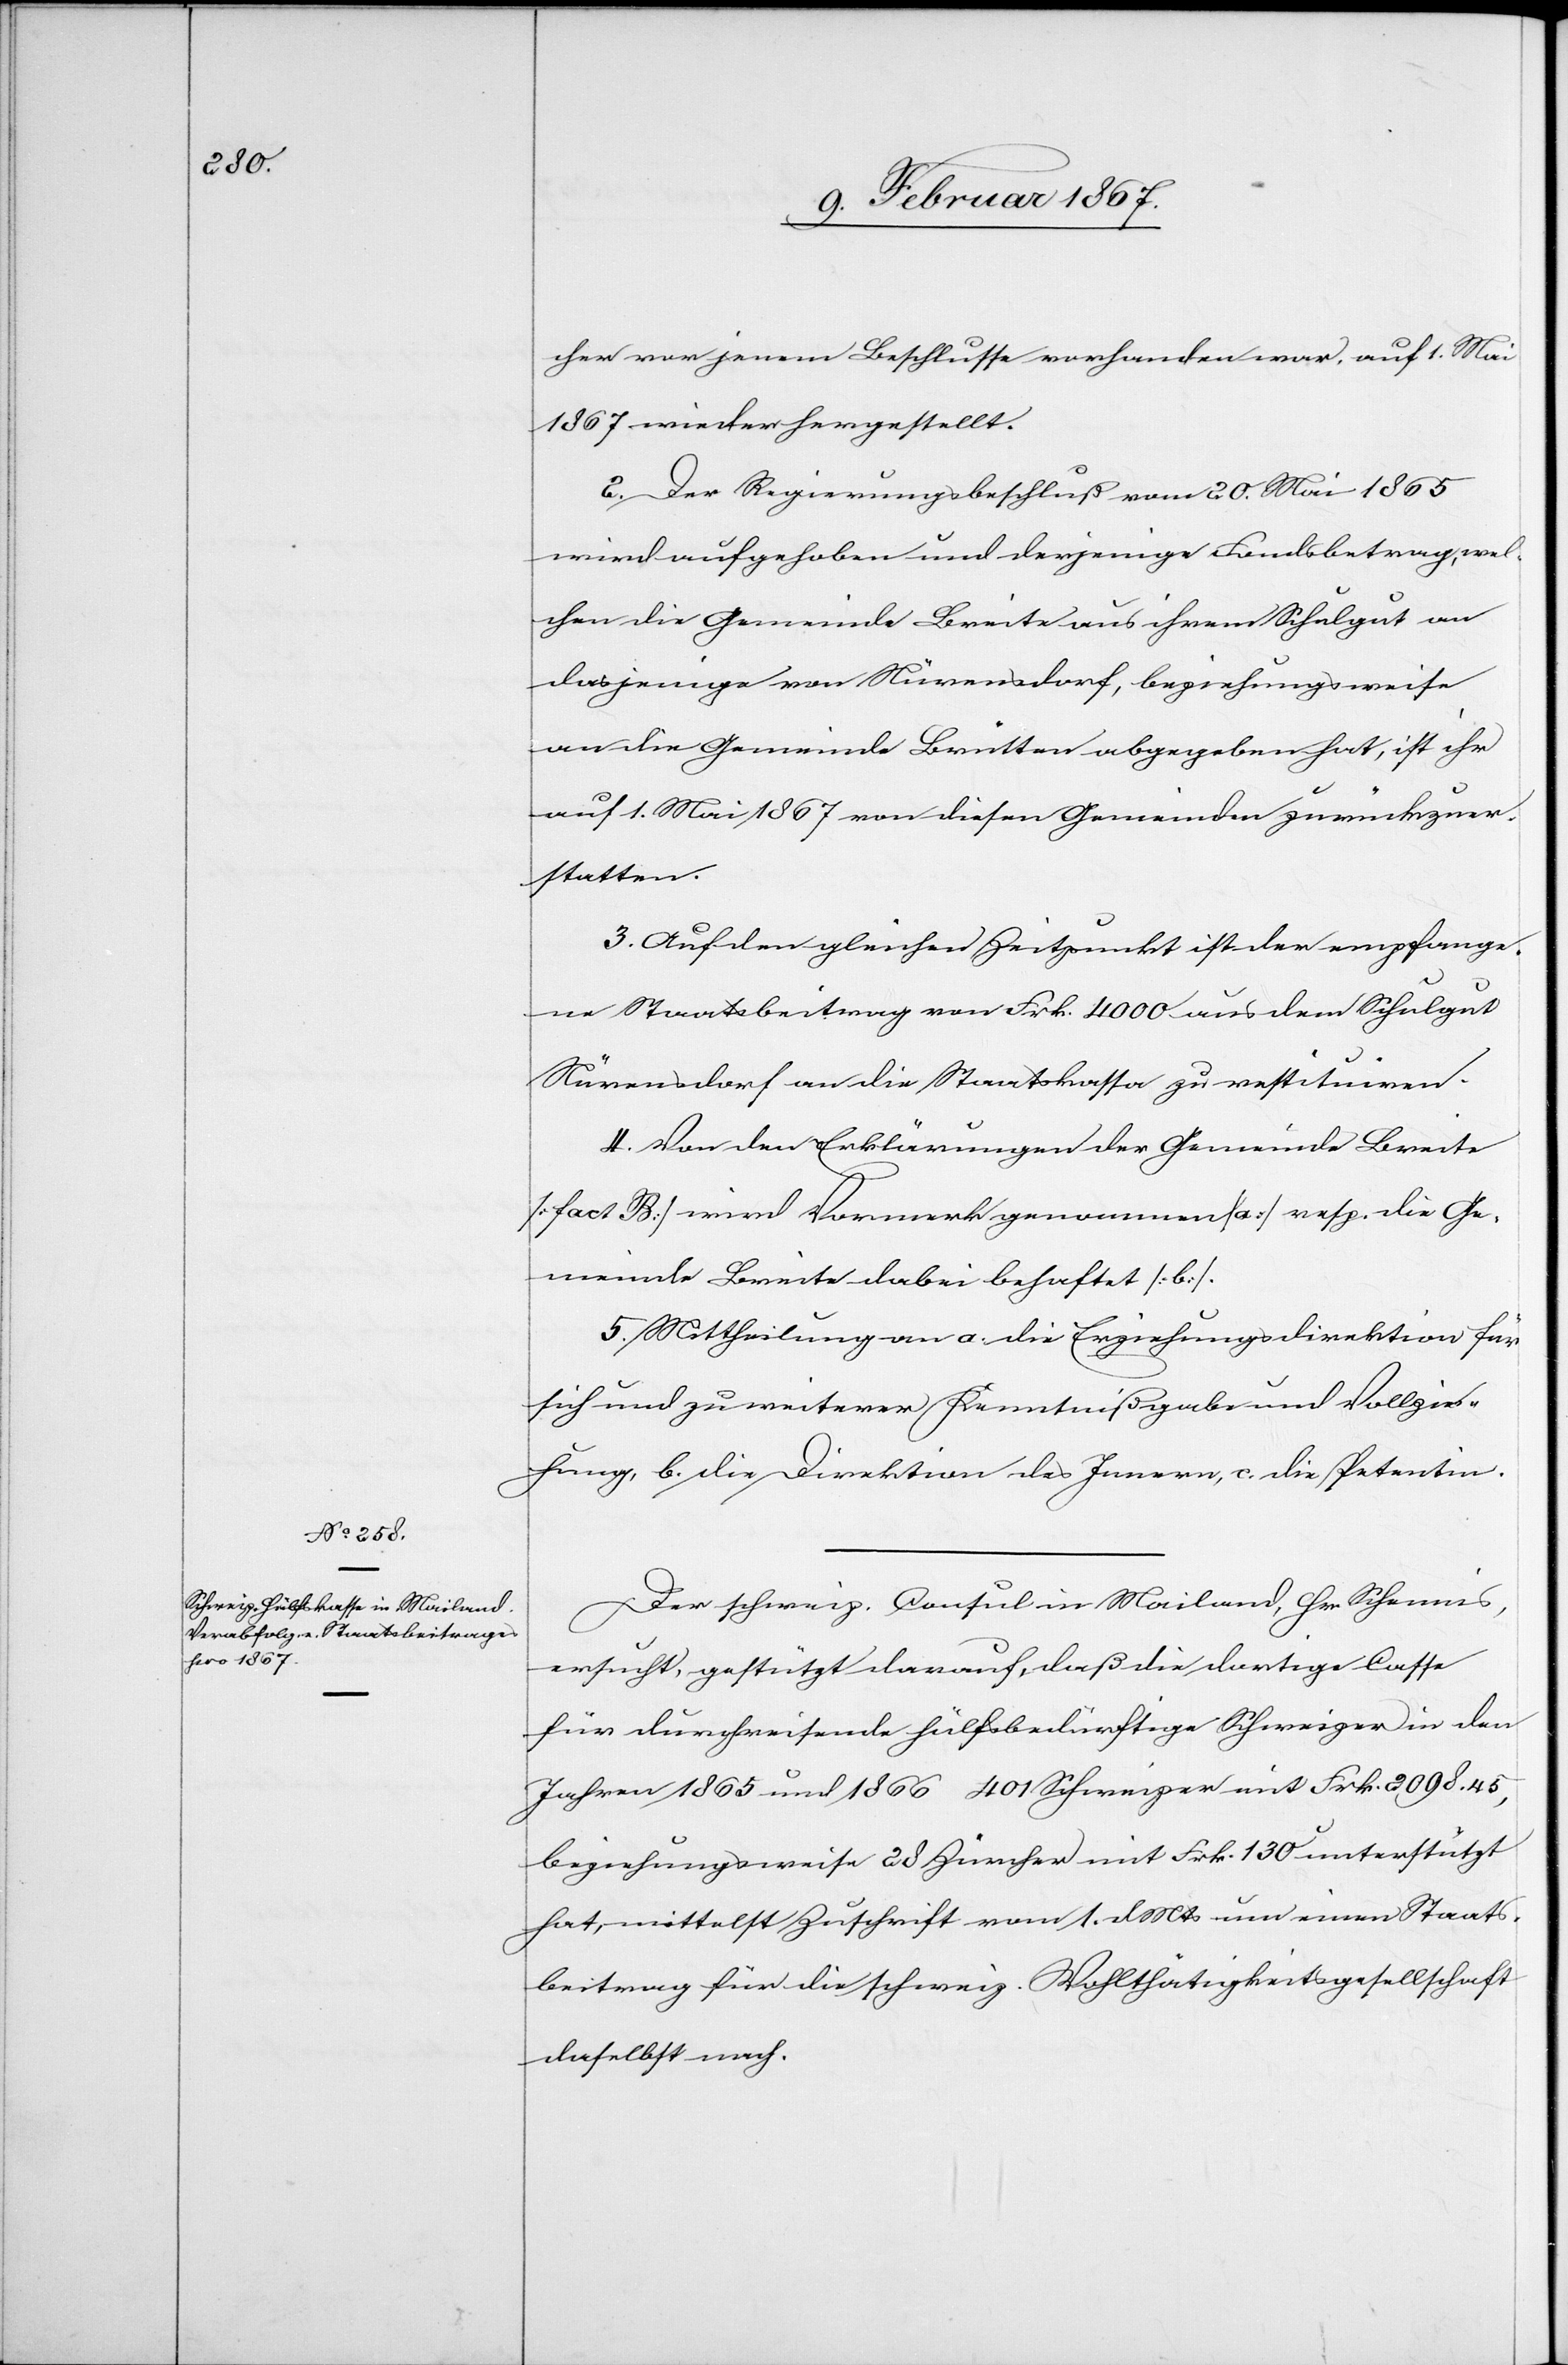
cher vor jenem Beschlusse vorhanden war, auf 1. Mai
1867 wieder hergestellt.
2. Der Regierungsbeschluß vom 20. Mai 1865
wird aufgehoben und derjenige Fondsbetrag, wel¬
chen die Gemeinde Breite aus ihrem Schulgut an
dasjenige von Nürensdorf, beziehungsweise
an die Gemeinde Brütten abgegeben hat, ist ihr
auf 1. Mai 1867 von diesen Gemeinden zurückzuer¬
statten.
3. Auf den gleichen Zeitpunkt ist der empfange¬
ne Staatsbeitrag von Frk. 4000 aus dem Schulgut
Nürensdorf an die Staatskasse zu restituiren.
4. Von den Erklärungen der Gemeinde Breite
[fact B] wird Vermerk genommen [a] resp. die Ge¬
meinde Breite dabei behaftet [b].
5. Mittheilung an a. die Erziehungsdirektion für
sich und zu weiterer Kenntnißgabe und Vollzie¬
hung, b. die Direktion des Innern, c. die Petentin.
Der schweiz. Consul in Mailand, Hr. Schennis,
ersucht, gestützt darauf, daß die dortige Casse
für durchreisende hülfsbedürftige Schweizer in den
Jahren 1865 und 1866 401 Schweizer mit Frk. 2098.45,
beziehungsweise 28 Zürcher mit Frk. 130 unterstützt
hat, mittelst Zuschrift vom 1. d. Mts um einen Staats¬
beitrag für die schweiz. Wohlthätigkeitsgesellschaft
daselbst nach.